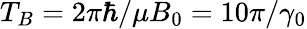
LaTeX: T_{B}=2\pi\hbar/\mu B_{0}=10\pi/\gamma_{0}